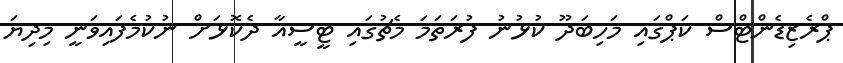
ޕްރެޒިޑެންޓްސް ކަޕްގައި މަހިބަދޫ ކުޅުނު ފުރަތަމަ މެޗުގައި ޓީސީއާ ދެކޮޅަށް ނުކުމެފައިވަނީ މިދިޔަ